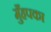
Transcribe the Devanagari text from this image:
मुँहपका